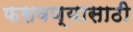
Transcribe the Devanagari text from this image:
फसवण्यासाठी